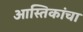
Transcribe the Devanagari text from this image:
आस्तिकांचा